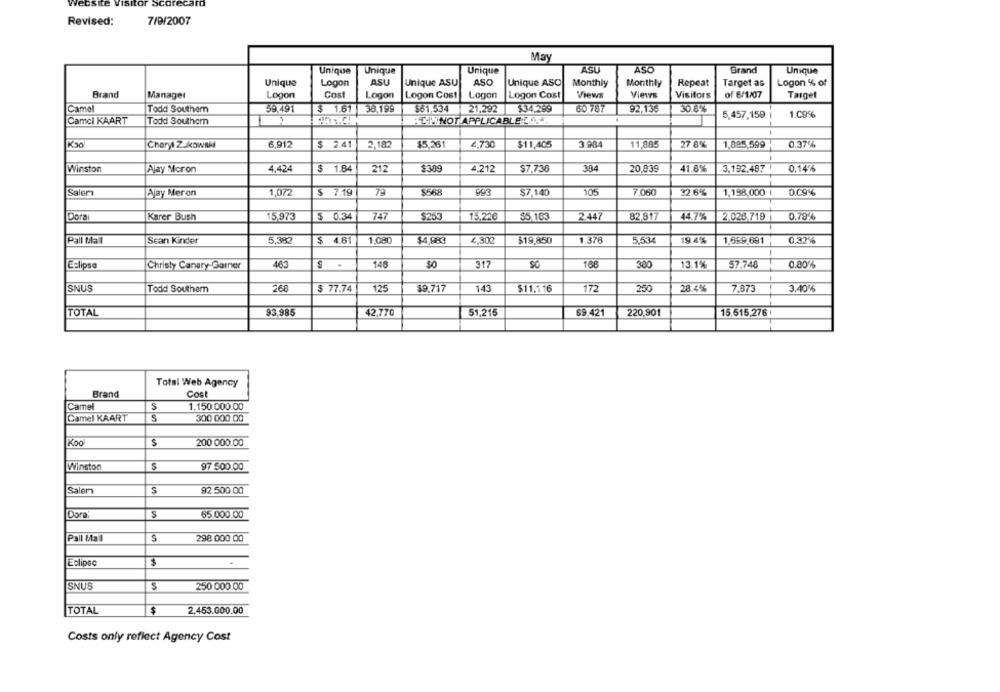
7/9/2007
Revised:
May
ASU
ASO
Brand
Unique
Unique
Unique
Unique
Unique
Logon
ASU
Unique ASU
ASO
Unique ASO
Monthly
Monthly
Repeat
Target as
Logon % of
Brand
Manager
Logon
Cost
Logon
Logon Cost
Logon
Logon Cost
Views
Views
Visitors
of 6/1/07
Target
Camel
Todd Southam
59.491
$ 1.61
38.199
$61,534
21.292
$34,289
60 787
92,135
30.6%
5,457,159
1.09%
Camcl KAART
Todd Southcm
BLINNOT APPLICABLE
Cheryl Zukowski
6,912
$ 2.41
2,182
$5,261
2,730
$11,405
3.984
11,68
27.8%
1,885,599
0.37%
Winston
Ajay Moron
4,424
$ 1.84
212
$389
4.212
$7.738
384
20,839
41.8%
3.182,487
0.14%
Salem
Ajay Meron
1,072
$ 7.19
7ª
$7,140
105
7,060
22.6%
1,198,000
0.09%
Dora
Karer Bush
15,973
$ 0.34
74
$253
15,226
$5.163
2.447
82,817
44.7%
2.028.719
0.79%
Pall Mall
Sean Kinder
5,382
$ 4.61
1.080
4.300
$19,850
1.376
5,534
19.4%
1,669,691
0.32%
Eclipse
Christy Canary-Garner
463
.
140
SO
317
SC
166
380
13.1%
57.748
0.00%%
SNUS
Todd Southem
268
$ 77.74
12
$9.717
143
$11.116
172
250
28.4%
7.873
3.40%
TOTAL
93.985
42.770
51,215
220,901
15.515,276
69.421
Total Web Agency
Brand
Cost
Camel
S
1.150.000.00
Camel KAART
S
300 000.00
Koo
S
200 000.00
Winston
97 500.00
Salem
S
92.500 00
Dora
$
65.000.00
Pall Mall
S
298 000.00
$
Eclipse
SNUS
$
250 000.00
$
TOTAL
2.453.000.00
Costs only reflect Agency Cost